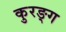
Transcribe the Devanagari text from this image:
कुरङ्ग